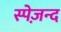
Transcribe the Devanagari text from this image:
स्पेज़न्द